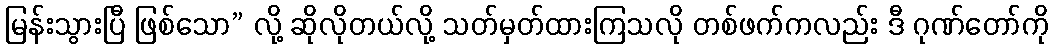
မြန်းသွားပြီ ဖြစ်သော” လို့ ဆိုလိုတယ်လို့ သတ်မှတ်ထားကြသလို တစ်ဖက်ကလည်း ဒီ ဂုဏ်တော်ကို